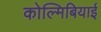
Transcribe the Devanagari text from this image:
कोल्मिबियाई